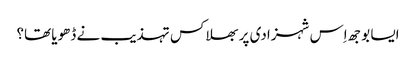
ایسا بوجھ اِس شہزادی پر بھلا کس تہذیب نے ڈھویا تھا؟